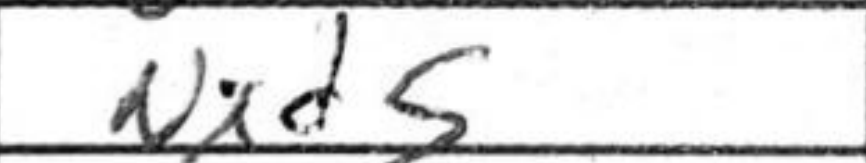
Transcription: Nxd5